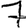
Digit: 7